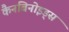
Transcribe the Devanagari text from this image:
कैनबिनोइड्स